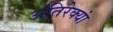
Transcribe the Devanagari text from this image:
अतिरेक्यां